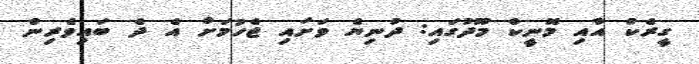
ގީރެކް އާއި މޮނީކް މޫދުގައި: ދުނިޔެ ވަށައި ޖެހުމަށް އެ ދެ ބައިވެރިން